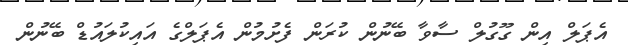
އެޕަލް އިން ގޫގުލް ސާވާ ބޭނުން ކުރަން ފެށުމުން އެޕަލްގެ އައިކުލައުޑް ބޭނުން